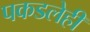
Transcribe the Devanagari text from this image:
पकडलेही